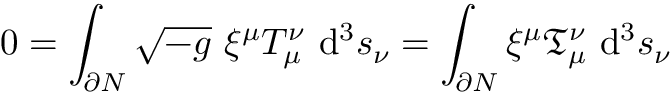
0 = \int _ { \partial N } { \sqrt { - g } } \ \xi ^ { \mu } T _ { \mu } ^ { \nu } \ \mathrm { d } ^ { 3 } s _ { \nu } = \int _ { \partial N } \xi ^ { \mu } { \mathfrak { T } } _ { \mu } ^ { \nu } \ \mathrm { d } ^ { 3 } s _ { \nu }